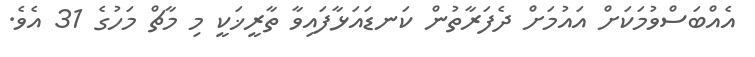
އެއްބަސްވުމަކަށް އައުމަށް ދެފަރާތުން ކަނޑައަޅާފައިވާ ތާރީޚަކީ މި މާޗް މަހުގެ 31 އެވެ.